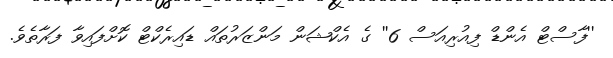
''ފާސްޓް އެންޑް ފިއުރިއަސް 6'' ގެ އެކްޝަން މަންޒަރުތައް ޑައިރެކްޓް ކޮށްފައިވާ ފަރާތެވެ.